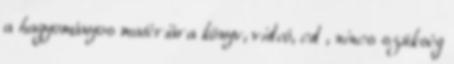
a hagyományos matériára könyv, videó, cd , nincs szükség